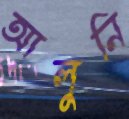
আলুনি